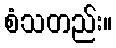
စံသတည်း။